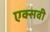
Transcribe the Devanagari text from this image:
एक्सवी